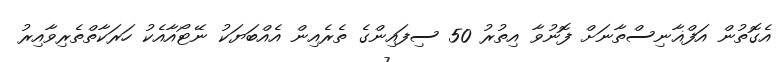
އެގޮތުން އަފްޣާނިސްތާނަށް ފޮނުވާ އިތުރު 50 ސިފައިންގެ ތެރެއިން އެއްބަޔަކު ނޭޓޯއާއެކު ހަރަކާތްތެރިވާއިރު